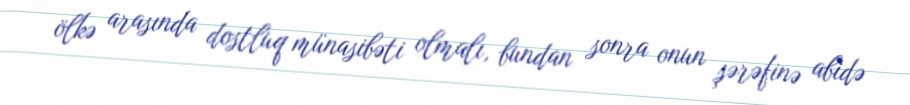
ölkə arasında dostluq münasibəti olmalı, bundan sonra onun şərəfinə abidə